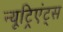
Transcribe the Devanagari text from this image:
न्यूट्रिएंट्स